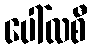
ပေါ်လစီ